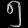
Digit: ၅